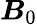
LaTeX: \boldsymbol{B}_{0}